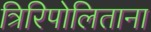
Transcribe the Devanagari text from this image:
त्रिरिपोलिताना